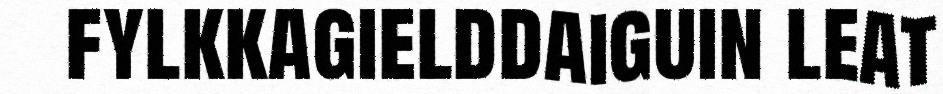
fylkkagielddaiguin leat